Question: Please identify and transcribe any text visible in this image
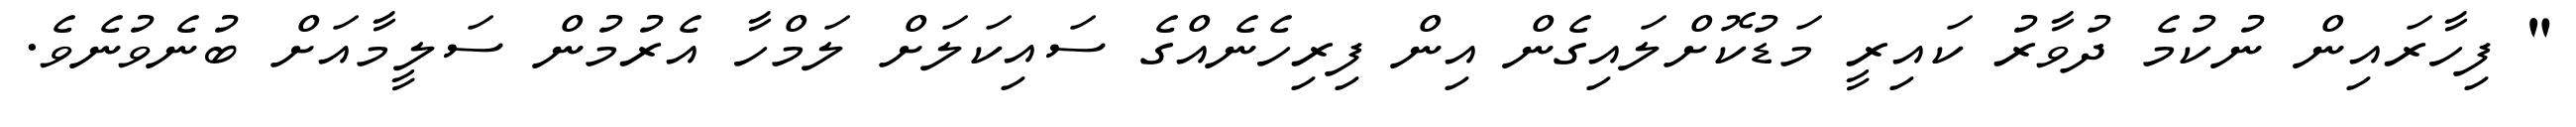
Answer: " ފިހާރައިން ނުކުމެ ދުވާރު ކައިރީ މަޑުކޮށްލައިގެން އިން ފިރިހެނެއްގެ ސައިކަލަށް ލަމްހާ އެރުމުން ސަލީމާއަށް ބުނެވުނެވެ.